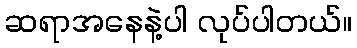
ဆရာအနေနဲ့ပါ လုပ်ပါတယ်။